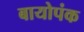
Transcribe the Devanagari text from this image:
बायोपंक